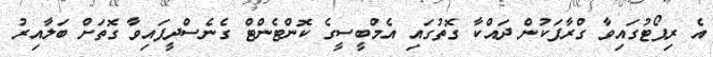
އެ ރިޕޯޓުގައިވާ ގްރާފަކުން ދައްކާ ގޮތުގައި އެމްބީސީގެ ކޮންޓެންޓް ގެނެސްދީފައިވާ ގޮތަށް ބަލާއިރު